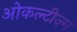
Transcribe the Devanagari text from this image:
ओकल्टीज़्म